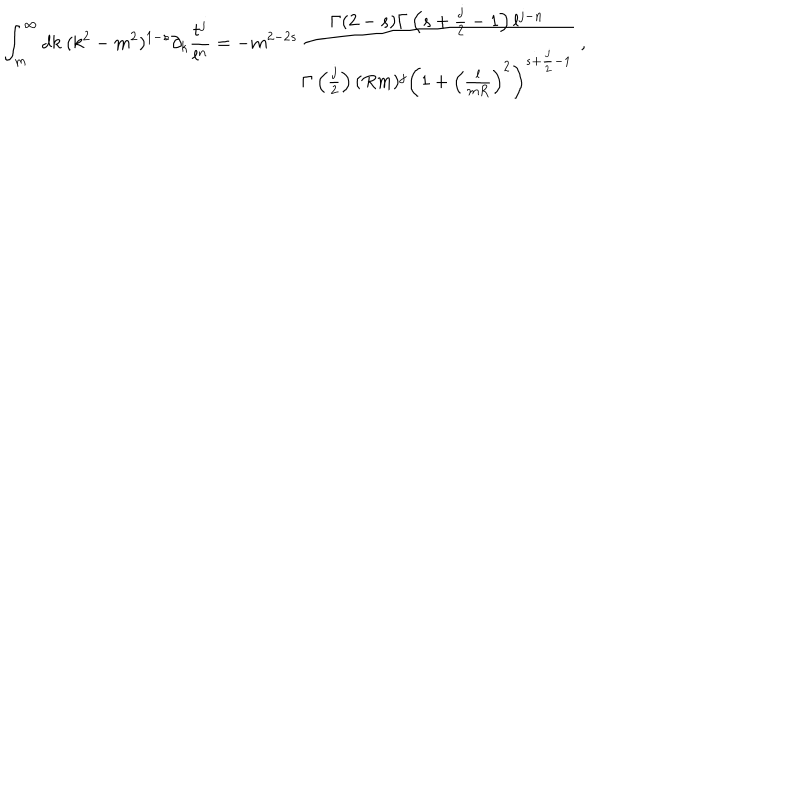
\int _ { m } ^ { \infty } d k \ ( k ^ { 2 } - m ^ { 2 } ) ^ { 1 - s } \partial _ { k } \frac { t ^ { j } } { l ^ { n } } = - m ^ { 2 - 2 s } \frac { \Gamma ( 2 - s ) \Gamma \left( s + \frac j 2 - 1 \right) l ^ { j - n } } { \Gamma \left( \frac j 2 \right) ( R m ) ^ { j } \left( 1 + \left( \frac { l } { m R } \right) ^ { 2 } \right) ^ { s + \frac j 2 - 1 } } \ ,